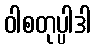
ဝါစတုပ္ပါဒါ